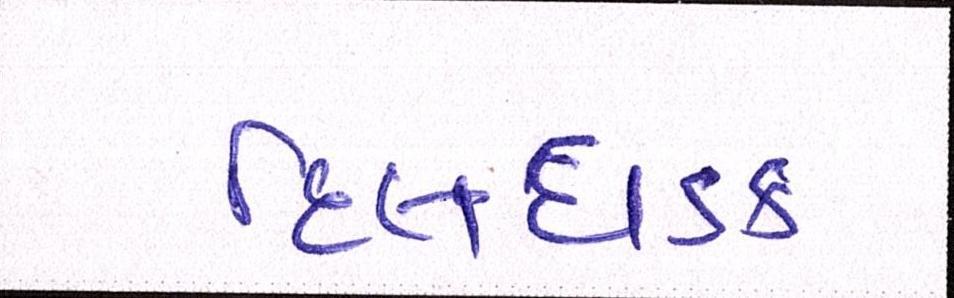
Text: દિલધડક